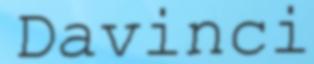
Davinci